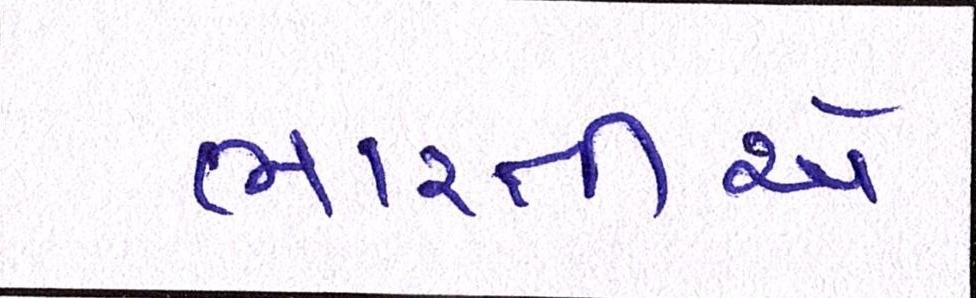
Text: ભારતીએ